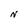
Character: N